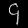
Digit: ၄